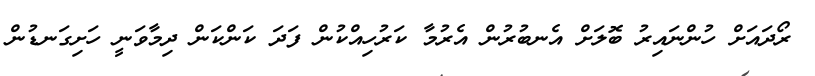
ރޯދައަށް ހުންނައިރު ބޮލަށް އެނބުރުން އެރުމާ ކަރުހިއްކުން ފަދަ ކަންކަން ދިމާވަނީ ހަށިގަނޑުން